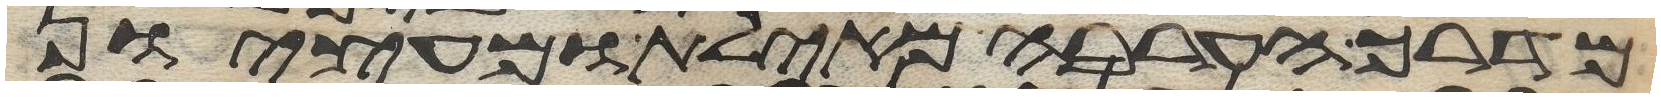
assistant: מדרך הערבה מאילת ומעציון